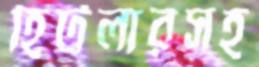
হিটলারসহ